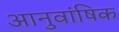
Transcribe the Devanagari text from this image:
आनुवांषिक